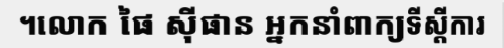
។លោក ផៃ ស៊ីផាន អ្នកនាំពាក្យទីស្តីការ